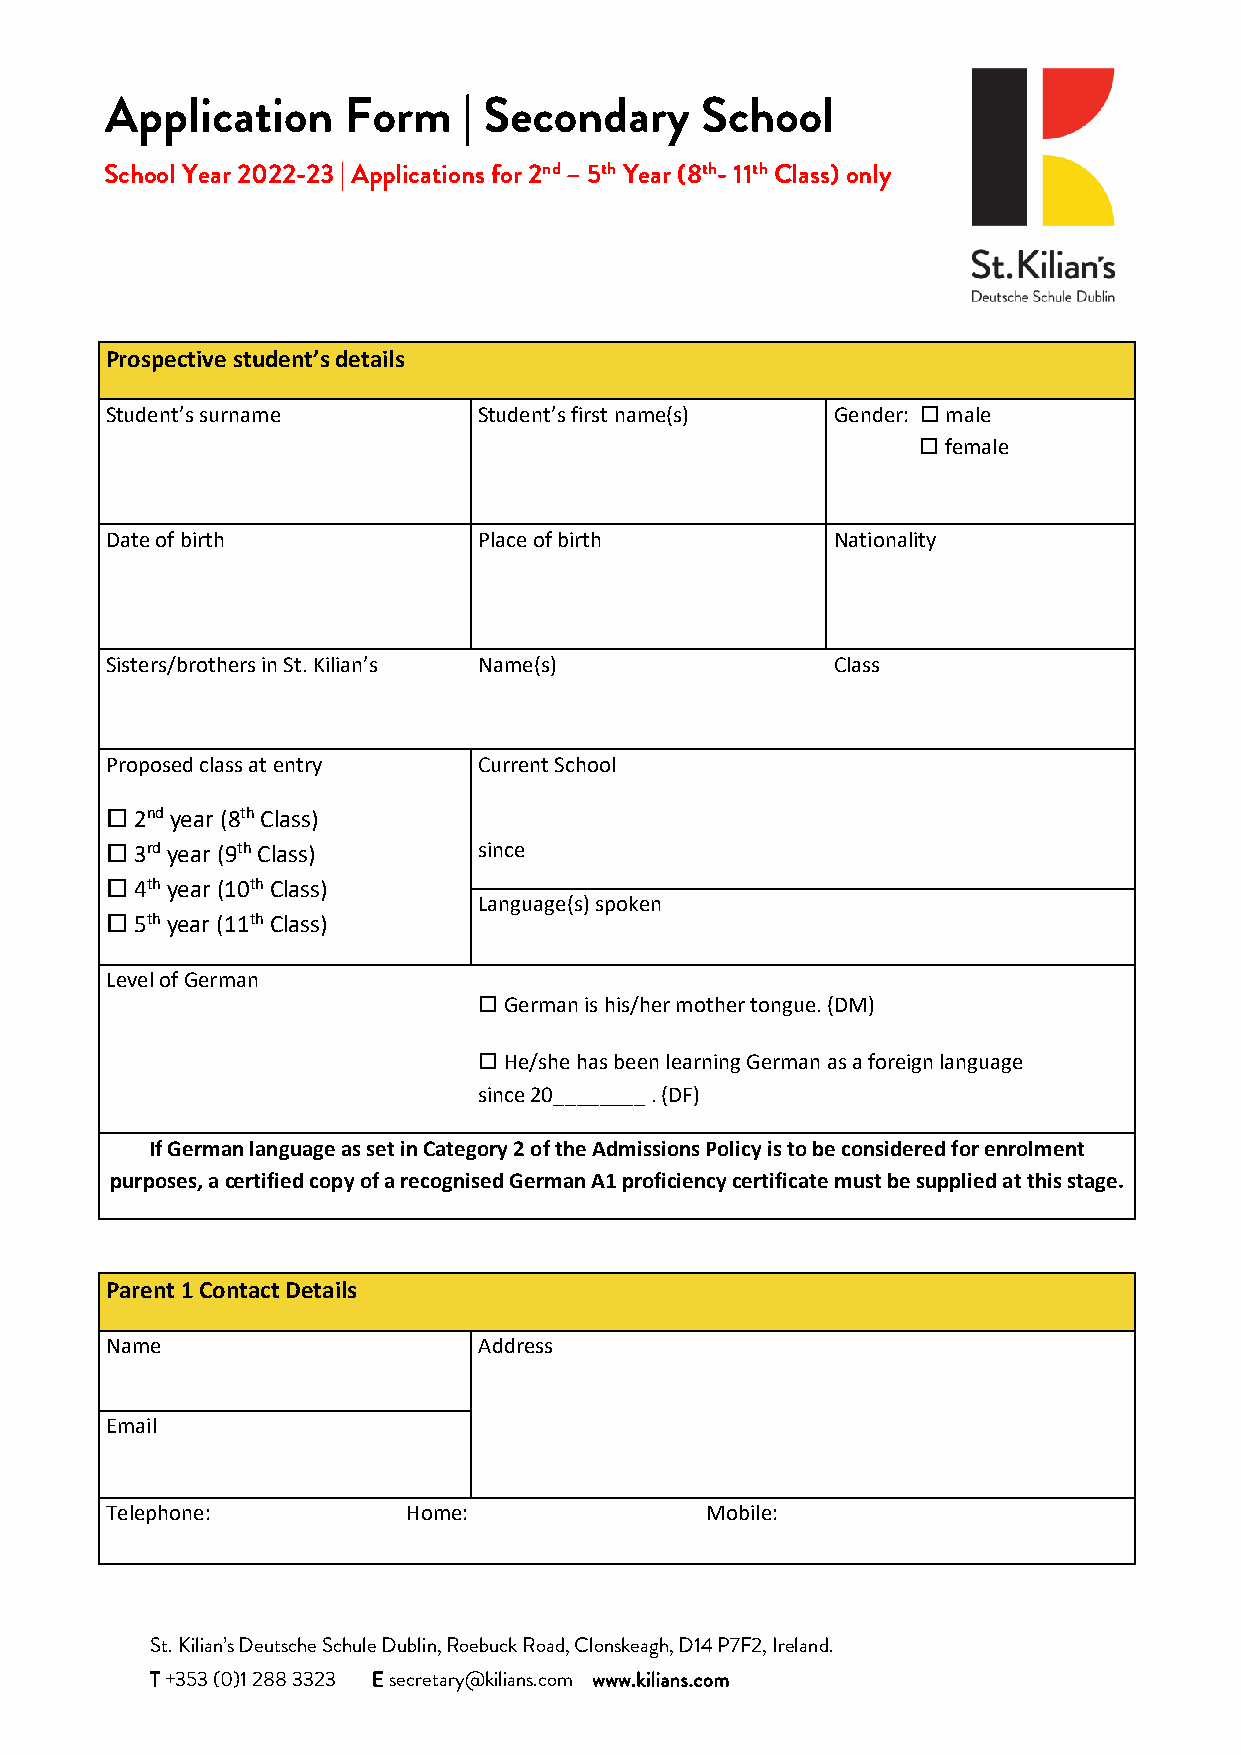
Application     Form    | Secondary    School
 School Year 2022-23 | Applications for 2nd – 5th Year (8th- 11th Class) only
 Prospective student’s details
 Student’s surname        Student’s first name(s) Gender:  male
  female
 Date of birth            Place of birth         Nationality
 Sisters/brothers in St. Kilian’s Name(s)        Class
 Proposed class at entry  Current School
  2nd year (8th Class)
  3rd year (9th Class)   since
  4th year (10th Class)
 Language(s) spoken
  5th year (11th Class)
 Level of German
  German is his/her mother tongue. (DM)
  He/she has been learning German as a foreign language
 since 20________ . (DF)
 If German language as set in Category 2 of the Admissions Policy is to be considered for enrolment
 purposes, a certified copy of a recognised German A1 proficiency certificate must be supplied at this stage.
 Parent 1 Contact Details
 Name                     Address
 Email
 Telephone:          Home:               Mobile:
 St. Kilian’s Deutsche Schule Dublin, Roebuck Road, Clonskeagh, D14 P7F2, Ireland.
 T +353 (0)1 288 3323 E secretary@kilians.com www.kilians.com